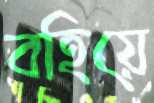
বহিয়ে